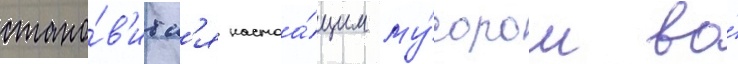
стано́в'итс'я настоа́щим му́сором во́